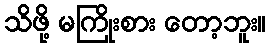
သိဖို့ မကြိုးစား တော့ဘူး။